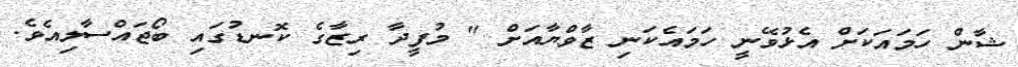
ޝާން ހަމައަކަށް އެޅުވޭނީ ހަމައެކަނި ޒާވްޔާއަށް " މުފީދާ ރިޒާގެ ކޮނޑުގައި ބޯޖައްސާލިއެވެ.